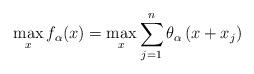
LaTeX: \begin{align*} \max_{x} f_\alpha(x) = \max_{x} \sum_{j=1}^n \theta_\alpha \left(x+x_j\right) \end{align*}